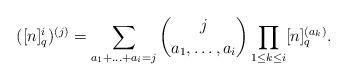
LaTeX: \begin{align*}([n]^i_q)^{(j)} = \sum_{a_1+\ldots+a_i = j} \binom{j}{a_1,\ldots,a_i} \prod_{1 \le k \le i} [n]_q^{(a_k)}.\end{align*}